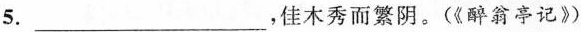
5.___，佳木秀而繁阴。(《醉翁亭记》)